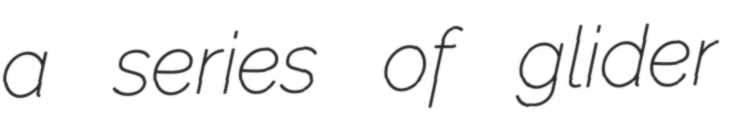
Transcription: a series of glider